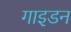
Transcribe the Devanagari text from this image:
गाइडन